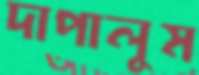
দাপালুম